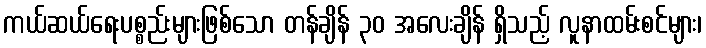
ကယ်ဆယ်ရေးပစ္စည်းများဖြစ်သော တန်ချိန် ၃၀ အလေးချိန် ရှိသည့် လူနာထမ်းစင်များ၊